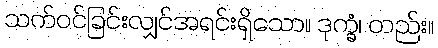
သက်ဝင်ခြင်းလျှင်အရင်းရှိသော။ ဒုက္ခံ၊ တည်း။